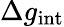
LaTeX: \Delta g_{\mathrm{int}}